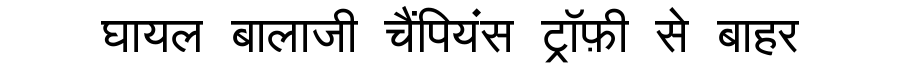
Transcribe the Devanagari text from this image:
घायल बालाजी चैंपियंस ट्रॉफ़ी से बाहर